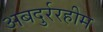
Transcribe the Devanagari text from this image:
अबदुर्ररहीम